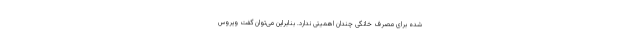
شده برای مصرف خانگی چندان اهمیتی ندارد. بنابراین می‌توان گفت ویروس